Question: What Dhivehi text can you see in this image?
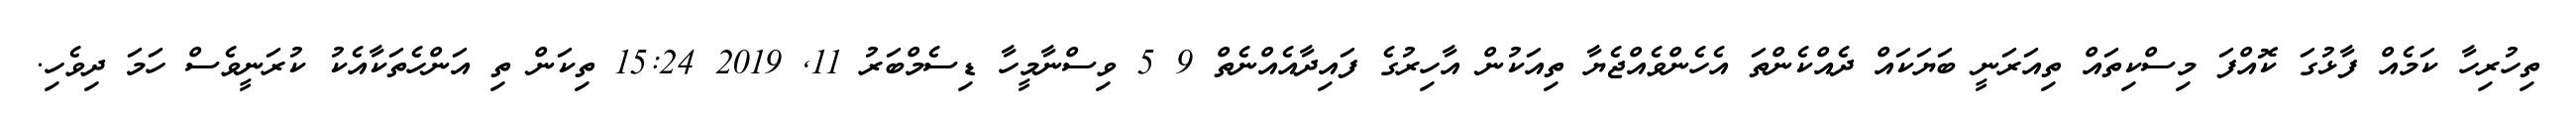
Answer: ތިހުރިހާ ކަމެއް ފާޅުގަ ކޮއްފަ މިސްކިތައް ތިއަރަނީ ބަޔަކައް ދެއްކެންތަ އެހެންވެއްޖެޔާ ތިއަކުން އާހިރުގެ ފައިދާއެއްނެތް 9 5 ވިސްނާމީހާ ޑިސެމްބަރު 11, 2019 15:24 ތިކަން ތި އަންހެތަކާއެކު ކުރަނީވެސް ހަމަ ދިވެހި.